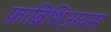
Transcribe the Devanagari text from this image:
फ़ाब्रिशिअयस